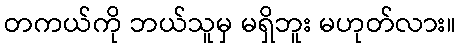
တကယ်ကို ဘယ်သူမှ မရှိဘူး မဟုတ်လား။